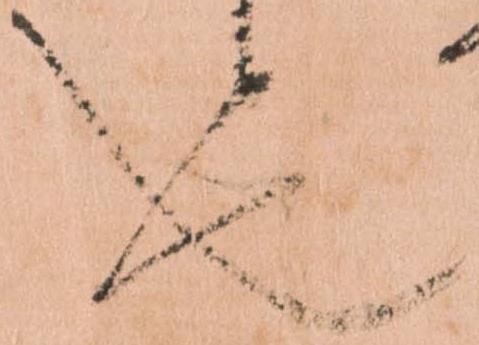
也